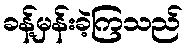
ခန့်မှန်းခဲ့ကြသည်